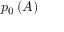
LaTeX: p _ { 0 } \left( A \right)